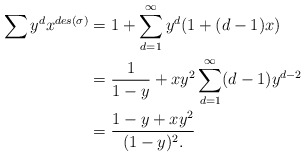
\begin{align*}\sum\nolimits y^dx^{des(\sigma)} &= 1 + \sum\limits_{d=1}^\infty y^d(1+(d-1)x)\\&= \frac{1}{1-y} + xy^2\sum\limits_{d=1}^\infty (d-1)y^{d-2}\\&= \frac{1-y+xy^2}{(1-y)^2.}\end{align*}